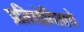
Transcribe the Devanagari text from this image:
प्रतियोगिताचे